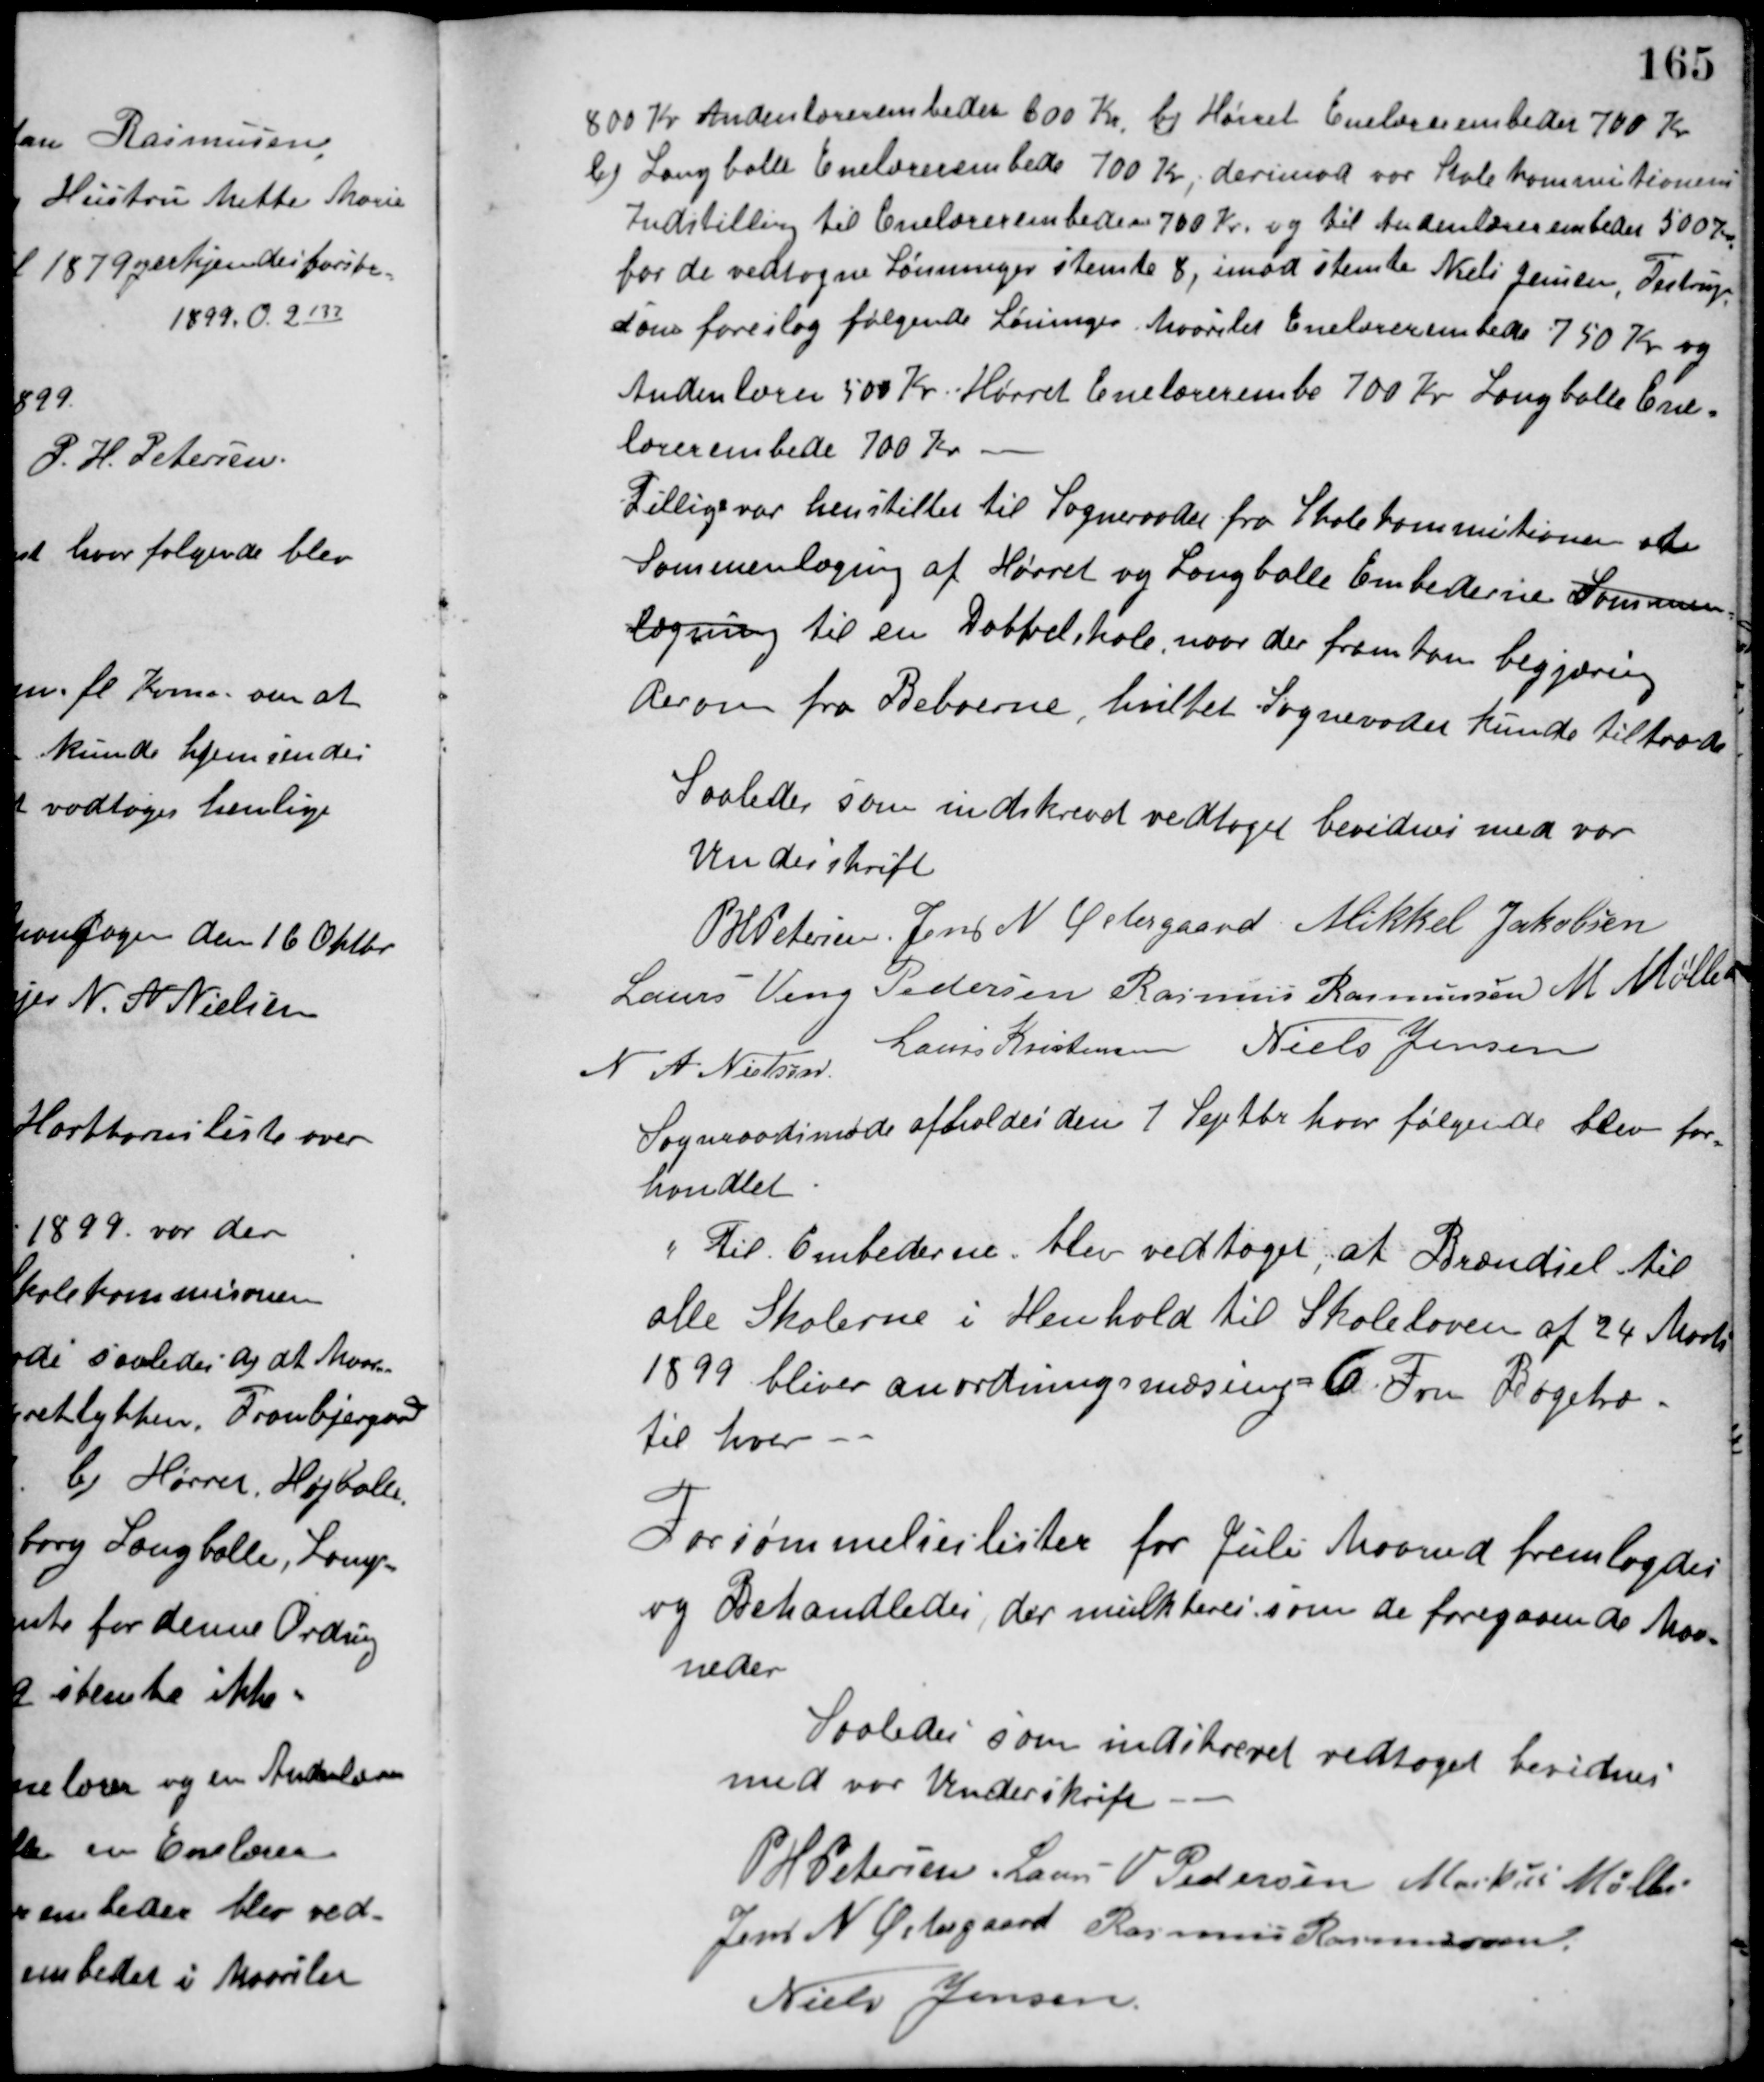
Transskription:
800 Kr. Andenlærerembedet 600 Kr. b) Hørret Enelærerembedet 700 Kr.
b) Langballe Enelærerembede 700 Kr., derimod var Skolekommitionens
Indstilling til Enelærerembedet 700 Kr. og til Andenlærerembedet 500 Kr.
for de vedtagne Lønninger stemte 8, imod stemte Niels Jensen, Testrup
som foreslog følgende Løninger, Maarslet Enelærerembede 750 Kr. og
Andenlærer 500 Kr. Hørret Enelærerembe 700 Kr. Langballe Ene-
lærerembede 700 Kr.
Tillige var henstillet til Sogneraadet fra Skolekommitionen at
Sammenlægning af Hørret og Langballe Embederne Sammen-
lægning til en Dobbelskole, naar der fremkom begjæring
derom fra Beboerne, hvilket Sognerådet kunde tiltræde.
Saaledes som indskrevet vedtaget bevidnes med vor
Underskrift
P. H. Petersen Jens N. Østergaard Mikkel Jakobsen
Laurs Veng Pedersen Rasmus Rasmussen M. Møller
N. A. Nielsen Laurs Kristensen Niels Jensen
Sogneraadsmøde afholdes den 7 Septbr. hvor følgende blev for-
handlet.
"Til Embederne" blev vedtaget at Brændsel til
alle Skolerne i Henhold til Skoleloven af 24 Marts
1899 bliver anordningsmæssigt 6 Favn Bøgetræ
til hver.
Forsømmelseslister for Juli Maaned fremlagdes
og behandledes, der mulkteres som de foregaaende Maa-
neder.
Saaledes som indskrevet vedtaget bevidnes
med vor Underskrift
P. H. Petersen Laurs V. Pedersen Markus Møller
Jens N. Østergaard Rasmus Rasmussen
Niels Jensen